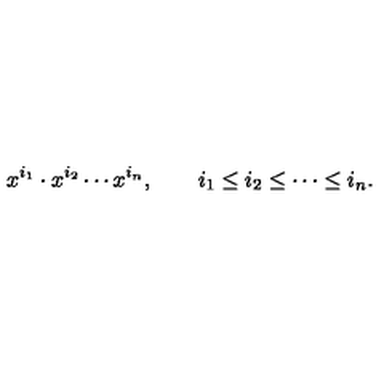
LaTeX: x ^ { i _ { 1 } } \cdot x ^ { i _ { 2 } } \cdots x ^ { i _ { n } } , \qquad i _ { 1 } \leq i _ { 2 } \leq \cdots \leq i _ { n } .